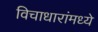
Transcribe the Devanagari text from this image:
विचाधारांमध्ये